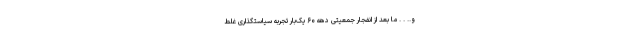
و.. . . ما بعد از انفجار جمعیتی دهه ۶۰ یک‌بار تجربه سیاستگذاری غلط